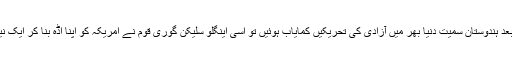
آخر جب بیسویں صدی میں دوسری جنگ عظیم کے بعد ہندوستان سمیت دنیا بھر میں آزادی کی تحریکیں کمایاب ہوئیں تو اسی اینگلو سلیکن گوری قوم نے امریکہ کو اپنا اڈہ بنا کر ایک نیا نظام قائم کیا جو دنیا پر تب سے اب تک حاوی ہے۔